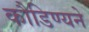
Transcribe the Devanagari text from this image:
कौडिण्यने